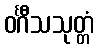
ဝင်္ဂီသသုတ္တံ